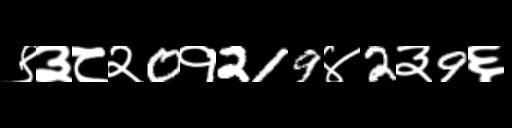
Text: ९३८२0१219४2३9६